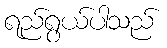
ရည်ရွယ်ပါသည်